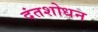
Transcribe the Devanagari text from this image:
दंतशोधन